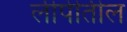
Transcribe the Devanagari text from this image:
लीपीतील